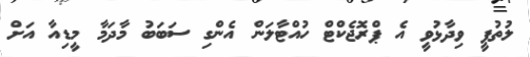
ލުތުފީ ވިދާޅުވީ އެ ޕްރޮޖެކްޓް ހުއްޓާލަން އެންގި ސަބަބު މާދަމާ މީޑިއާ އަށް